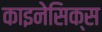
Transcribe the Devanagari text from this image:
काइनेसिक्स